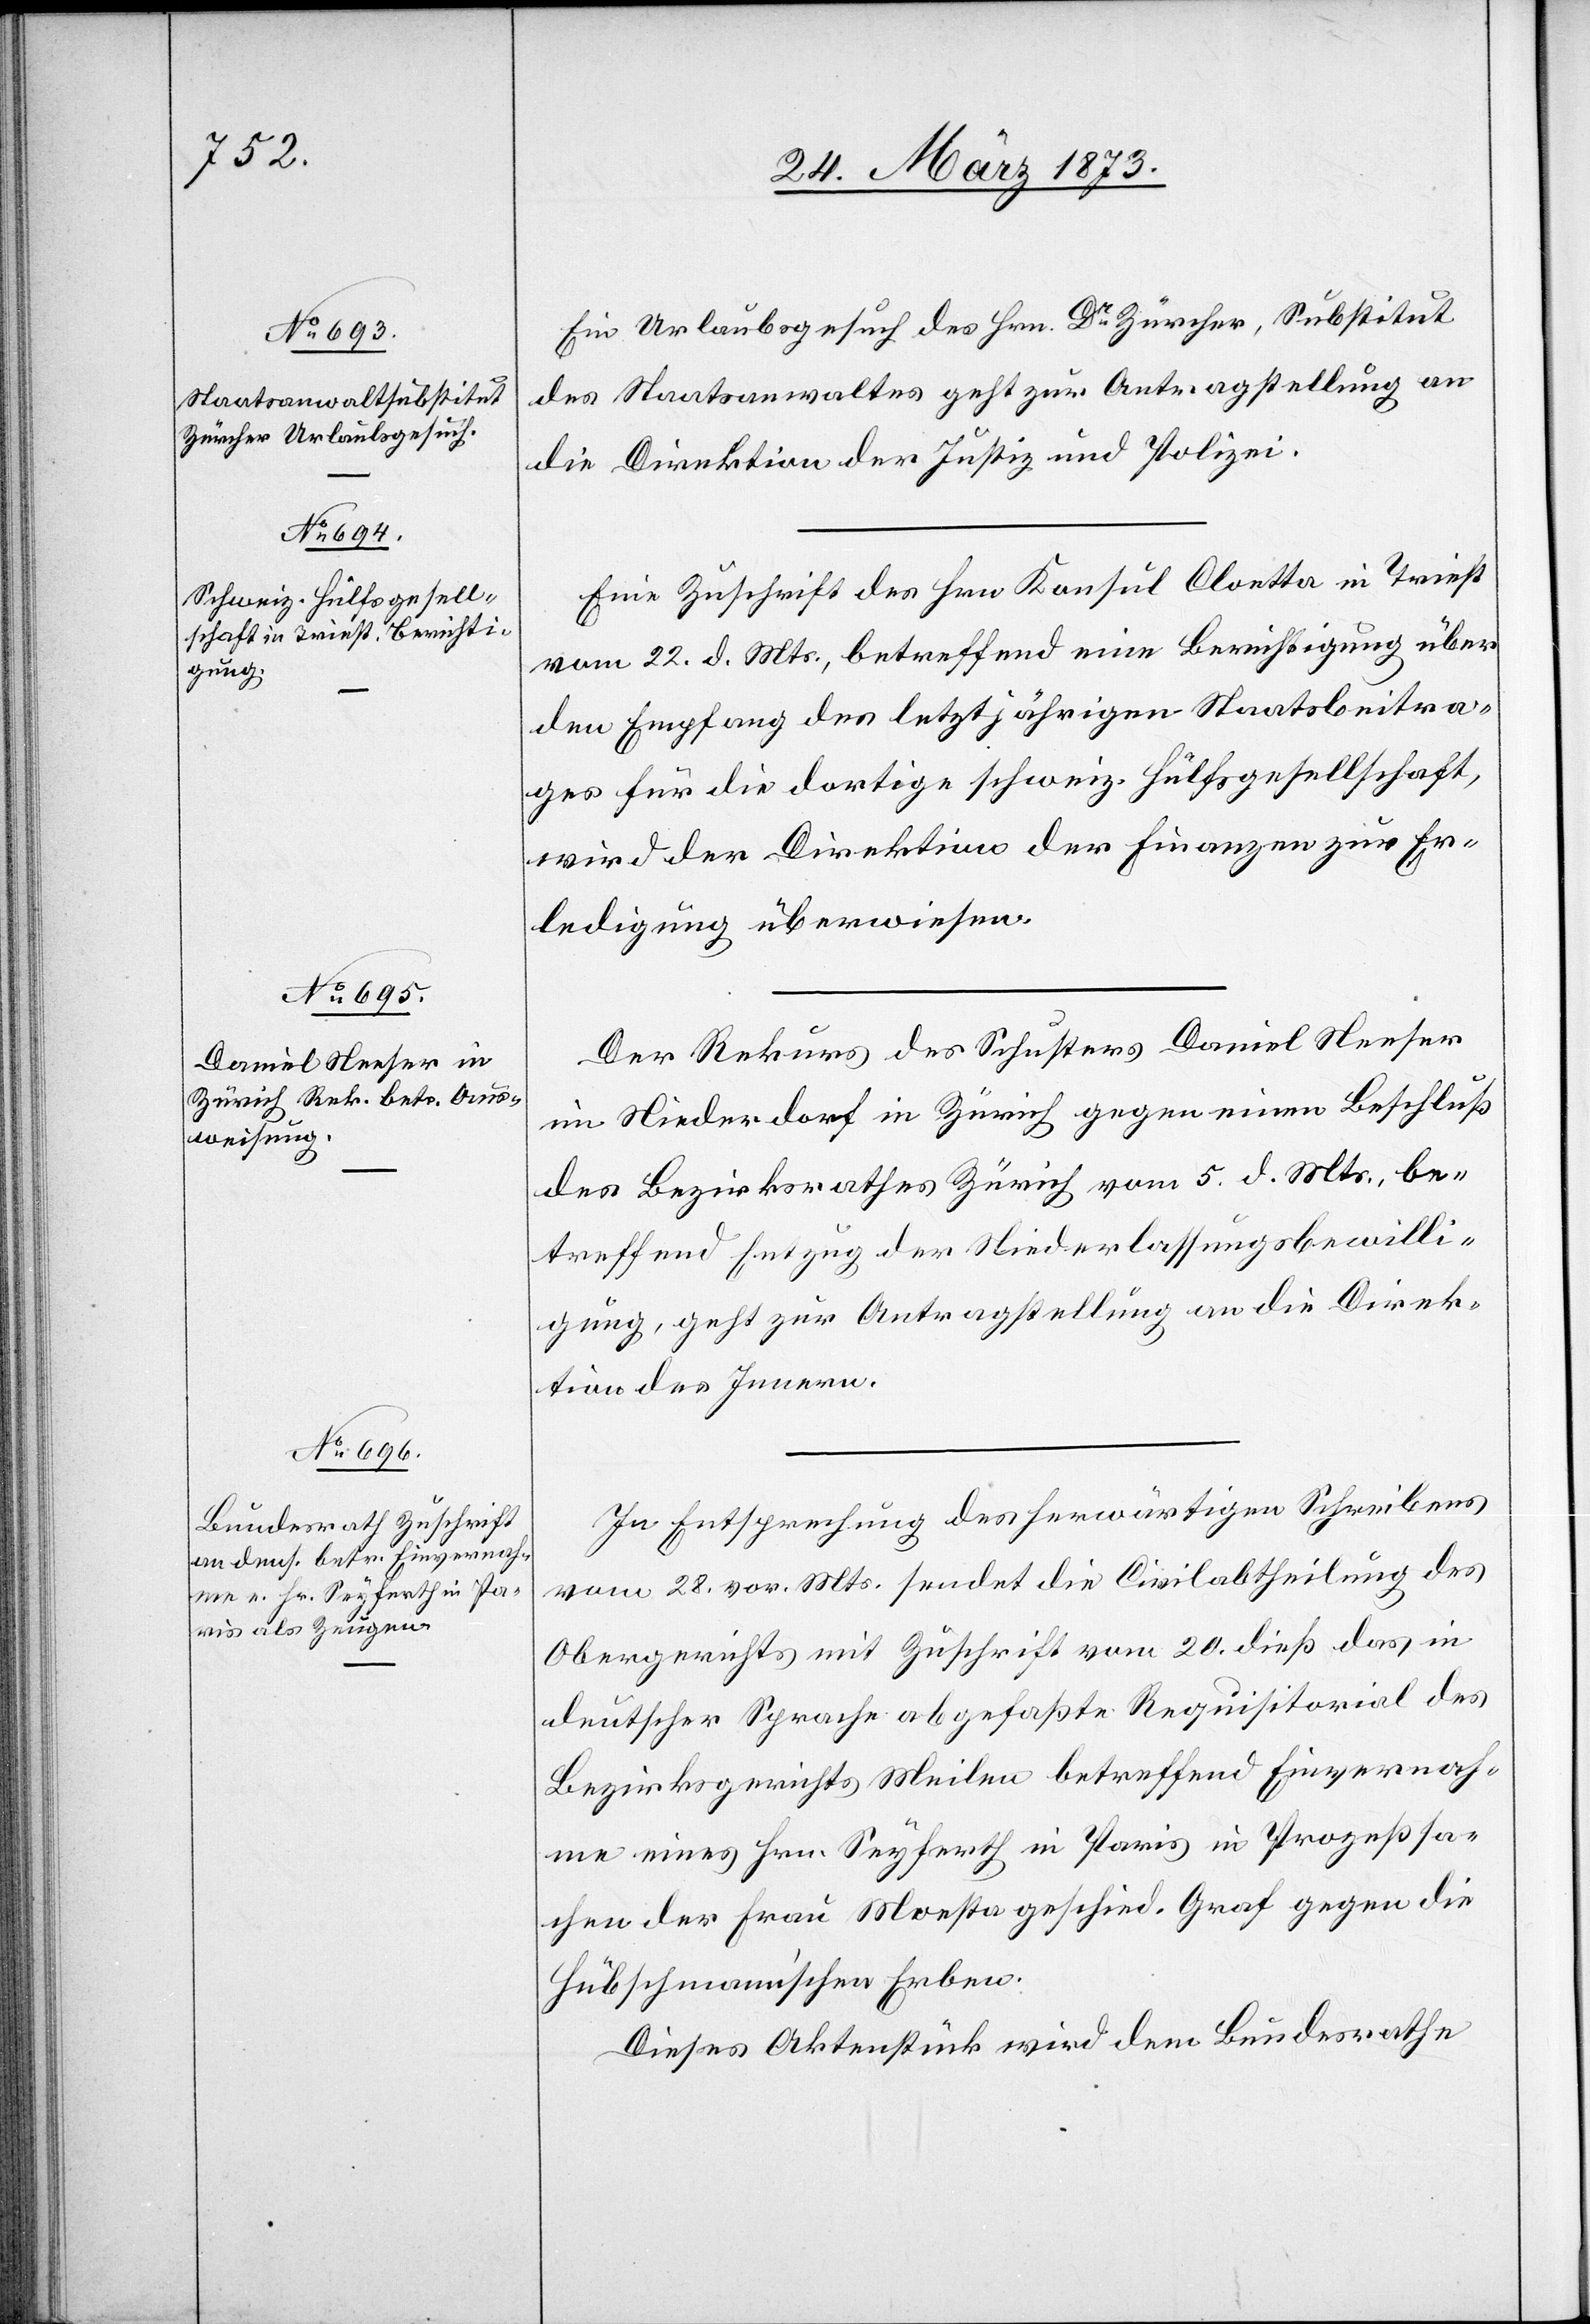
25. März 1873.]
Ein Urlaubsgesuch des Hrn. Dr Zürcher, Substitut
des Staatsanwaltes geht zur Antragstellung an
die Direktion der Justiz und Polizei.
Eine Zuschrift des Hrn Konsul Cloetta in Triest
vom 22. d. Mts., betreffend eine Berichtigung über
den Empfang des letztjährigen Staatsbeitra¬
ges für die dortige schweiz. Hülfsgesellschaft,
wird der Direktion der Finanzen zur Er¬
ledigung überwiesen.
Der Rekurs des Schusters Daniel Neeser
im Niederdorf in Zürich gegen einen Beschluß
des Bezirksrathes Zürich vom 5. d. Mts., be¬
treffend Entzug der Niederlassungsbewilli¬
gung, geht zur Antragstellung an die Direk¬
tion des Innern.
In Entsprechung des herwärtigen Schreibens
vom 28. vor. Mts. sendet die Civilabtheilung des
Obergerichts mit Zuschrift vom 20. dieß das in
deutscher Sprache abgefaßte Requisitorial des
Bezirksgerichts Meilen betreffend Einvernah¬
me eines Hrn. Seyferth in Paris in Prozeßsa¬
chen der Frau Moesta geschied. Graf gegen die
Hübschmannschen Erben.
Dieses Aktenstück wird dem Bundesrathe